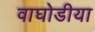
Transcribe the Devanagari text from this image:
वाघोडीया